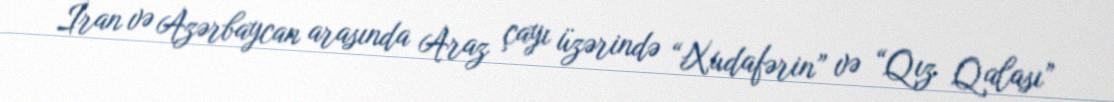
İran və Azərbaycan arasında Araz çayı üzərində “Xudafərin” və “Qız Qalası”